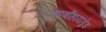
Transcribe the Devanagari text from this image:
कार्बोहायड्रेड